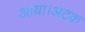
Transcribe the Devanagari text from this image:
आया।अटक